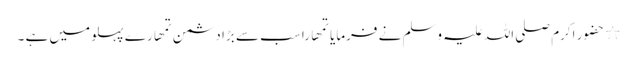
٭ حضور اکرم صلی اللہ علیہ وسلم نے فرمایا تمھارا سب سے بڑا دشمن تمھارے پہلو میں ہے ۔